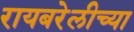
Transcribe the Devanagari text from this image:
रायबरेलीच्या